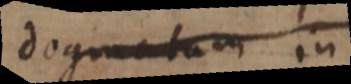
dogmatum in